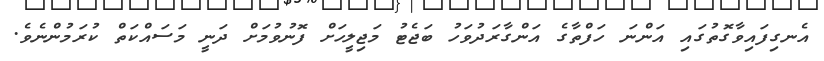
އެނގިފައިވާގޮތުގައި އަންނަ ހަފްތާގެ އަންގާރަދުވަހު ބަޖެޓު މަޖިލީހަށް ފޮނުވުމަށް ދަނީ މަސައްކަތް ކުރަމުންނެވެ.